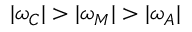
| \omega _ { C } | > | \omega _ { M } | > | \omega _ { A } |